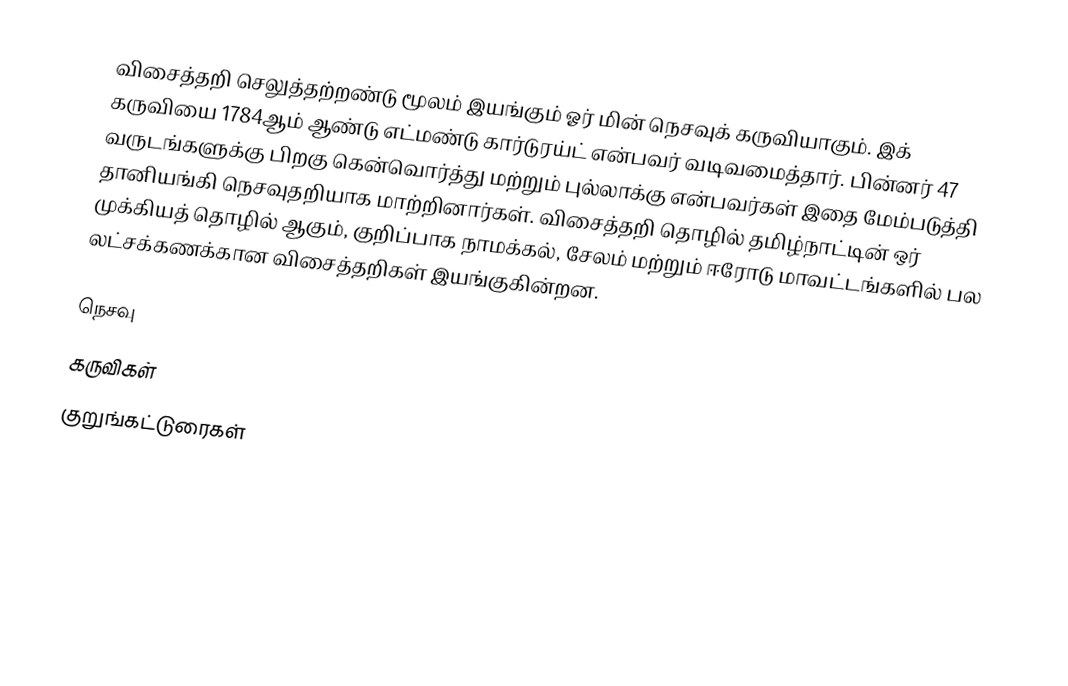
விசைத்தறி செலுத்தற்றண்டு மூலம் இயங்கும் ஓர் மின் நெசவுக் கருவியாகும். இக் கருவியை 1784ஆம் ஆண்டு எட்மண்டு கார்டுரய்ட் என்பவர் வடிவமைத்தார். பின்னர் 47 வருடங்களுக்கு பிறகு கென்வொர்த்து மற்றும் புல்லாக்கு என்பவர்கள் இதை மேம்படுத்தி தானியங்கி நெசவுதறியாக மாற்றினார்கள். விசைத்தறி தொழில் தமிழ்நாட்டின் ஒர் முக்கியத் தொழில் ஆகும், குறிப்பாக நாமக்கல், சேலம் மற்றும் ஈரோடு மாவட்டங்களில் பல லட்சக்கணக்கான விசைத்தறிகள் இயங்குகின்றன.

நெசவு
கருவிகள்
குறுங்கட்டுரைகள்

ja:織機#力織機